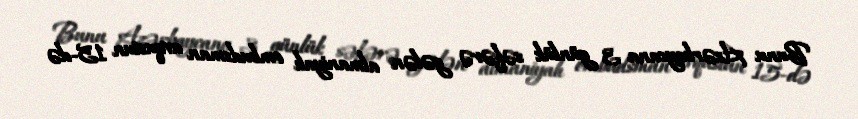
Bunu Azərbaycana 3 günlük səfərə gələn almaniyalı ombudsman avqustun 15-də